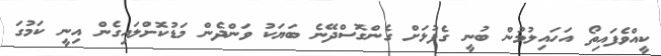
ކީއްވެފައިތޯ އަހައިލުމުން ބުނީ ގެފުޅަށް ގެންގޮސްދޭނެ ބަޔަކު ވަންދެން މަޑުކޮށްލައިގެން އިނީ ކަމުގަ